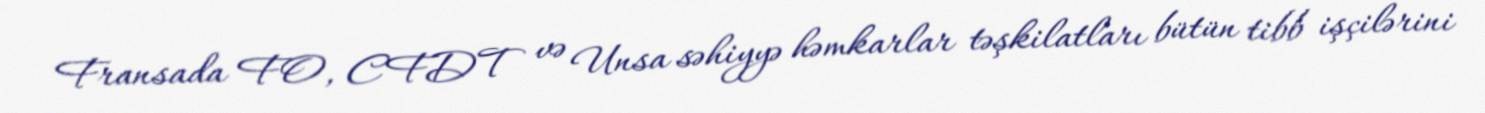
Fransada FO, CFDT və Unsa səhiyyə həmkarlar təşkilatları bütün tibb işçilərini